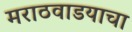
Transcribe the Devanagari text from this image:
मराठवाडयाचा